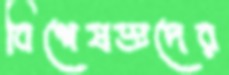
বিশেষজ্ঞদের